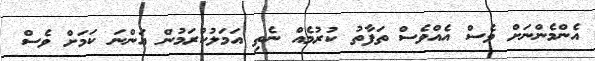
އެންމެންނަށް ވެސް އެއްވެސް ތަފާތު ކުރުމެއް ނެތި އަމަލުކުރަމުން އަންނަ ކަމަށް ވެސް